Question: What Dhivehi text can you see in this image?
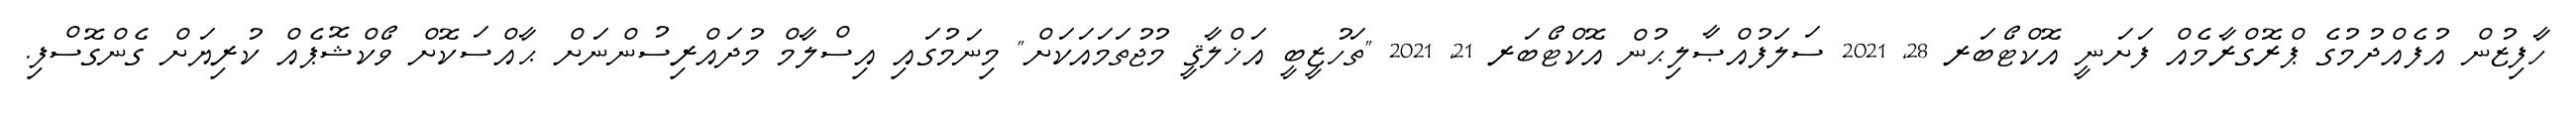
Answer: ހާފިޒުން އުފެއްދުމުގެ ޕްރޮގްރާމެއް ފަށަނީ އޮކްޓޯބަރ 28, 2021 ސަލަފުއްޞާލިޙުން އޮކްޓޯބަރ 21, 2021 "ތަހުޒީބީ އަޚްލާޤީ މުޖުތަމައަކަށް" މިނަމުގައި އިސްލާމް މުދައްރިސުންނަށް ޙާއްސަކޮށް ވޯކްޝޮޕެއް ކުރިޔަށް ގެންގޮސްފި.